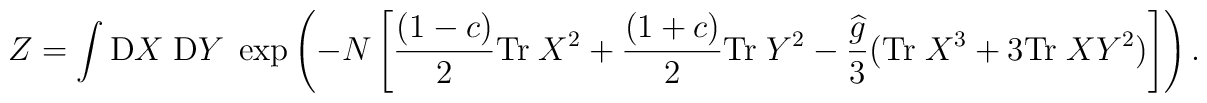
Z = \int {\rm D}  X \; {\rm D}  Y \;\exp \left(-N\left[ \frac{(1-c)}{2} {\rm Tr}\; X^2 + \frac{(1 + c)}{2}{\rm Tr}\; Y^2 -\frac{\widehat{g}}{3} ({\rm Tr}\; X^3 + 3 {\rm Tr}\; XY^2)\right] \right).